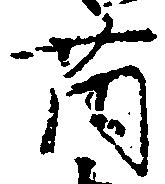
薗